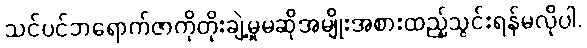
သင်ပင်ဘရောက်ဇာကိုတိုးချဲ့မှုမဆိုအမျိုးအစားထည့်သွင်းရန်မလိုပါ.